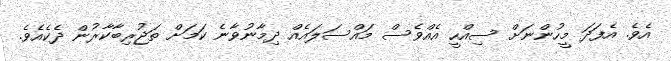
އެވެ. އެފަދަ މީހުންނަށް ސިއްހީ އެއްވެސް މައްސަލައެއް ދިމާނުވާނެ ކަމަށް ތަޖުރިބާކާރުން ދެކެއެވެ.